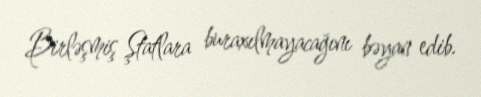
Birləşmiş Ştatlara buraxılmayacağını bəyan edib.